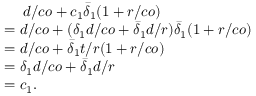
\begin{array} { r l } & { \quad \; d / c o + c _ { 1 } \bar { \delta } _ { 1 } ( 1 + r / c o ) } \\ & { = d / c o + ( \delta _ { 1 } d / c o + \bar { \delta } _ { 1 } d / r ) \bar { \delta } _ { 1 } ( 1 + r / c o ) } \\ & { = d / c o + \bar { \delta } _ { 1 } t / r ( 1 + r / c o ) } \\ & { = \delta _ { 1 } d / c o + \bar { \delta } _ { 1 } d / r } \\ & { = c _ { 1 } . } \end{array}